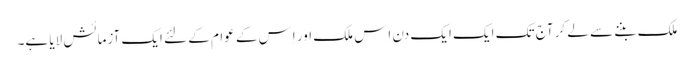
ملک بننے سے لے کر آج تک ایک ایک دن اِس ملک اور اِس کے عوام کے لئے ایک آزمائش لایا ہے۔